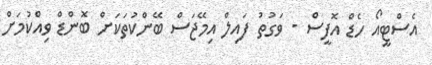
އެސްޓީއޯ ހެޑް އޮފީސް - ވަގުތު ފައިލް އިމޭޖަސް ބޭންކުތަކަށް ބޮންޑް ވިއްކުމަށް